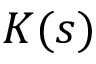
K ( s )